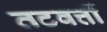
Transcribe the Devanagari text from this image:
तटवर्त्ती